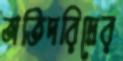
অতিদরিদ্রের